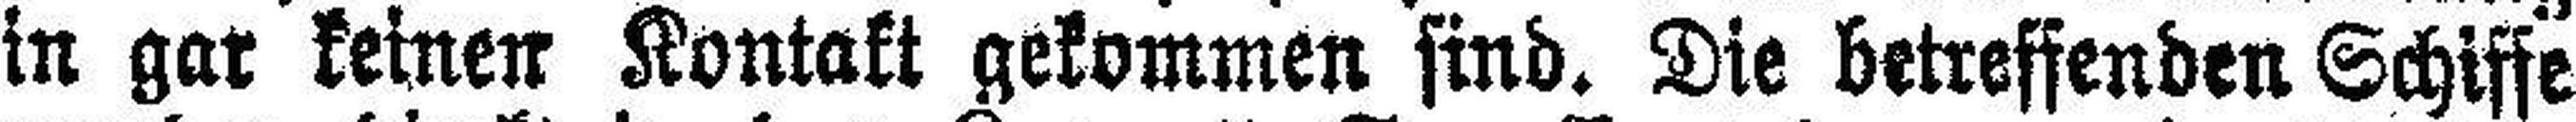
in gar keinen Kontakt gekommen sind. Die betreffenden Schiffe